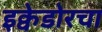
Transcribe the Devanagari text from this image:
इक्वेडोरचा